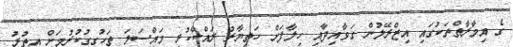
ގެ އިމާރާތްތަކުގައި އިޒްރޭލުން ގަވާއިދާއި ހިލާފަށް ހަތިޔާރު ރައްކާކުރި މައްސަލަ ތަހުގީގުކުރުމަށް އިތުރު